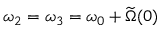
\omega _ { 2 } = \omega _ { 3 } = \omega _ { 0 } + \widetilde \Omega ( 0 )